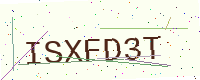
Text: ISXFD3T